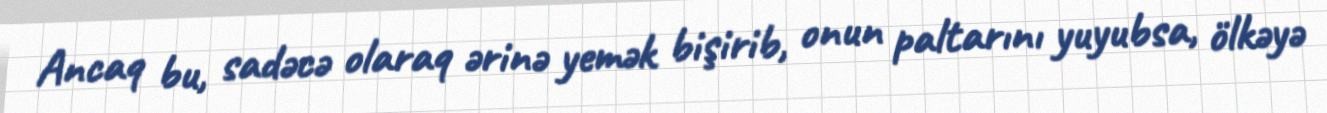
Ancaq bu, sadəcə olaraq ərinə yemək bişirib, onun paltarını yuyubsa, ölkəyə